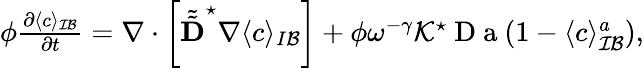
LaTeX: \begin{array}{r}{\phi\frac{\partial\langle c\rangle_{\mathcal{IB}}}{\partial t}=\nabla\cdot\left[\tilde{\tilde{\textbf{D}}}^{\star}\nabla\langle c\rangle_{I\mathcal B}\right]+\phi\omega^{-\gamma}\mathcal{K}^{\star}\mathrm{~D~a~}(1-\langle c\rangle_{\mathcal{IB}}^{a}),}\end{array}